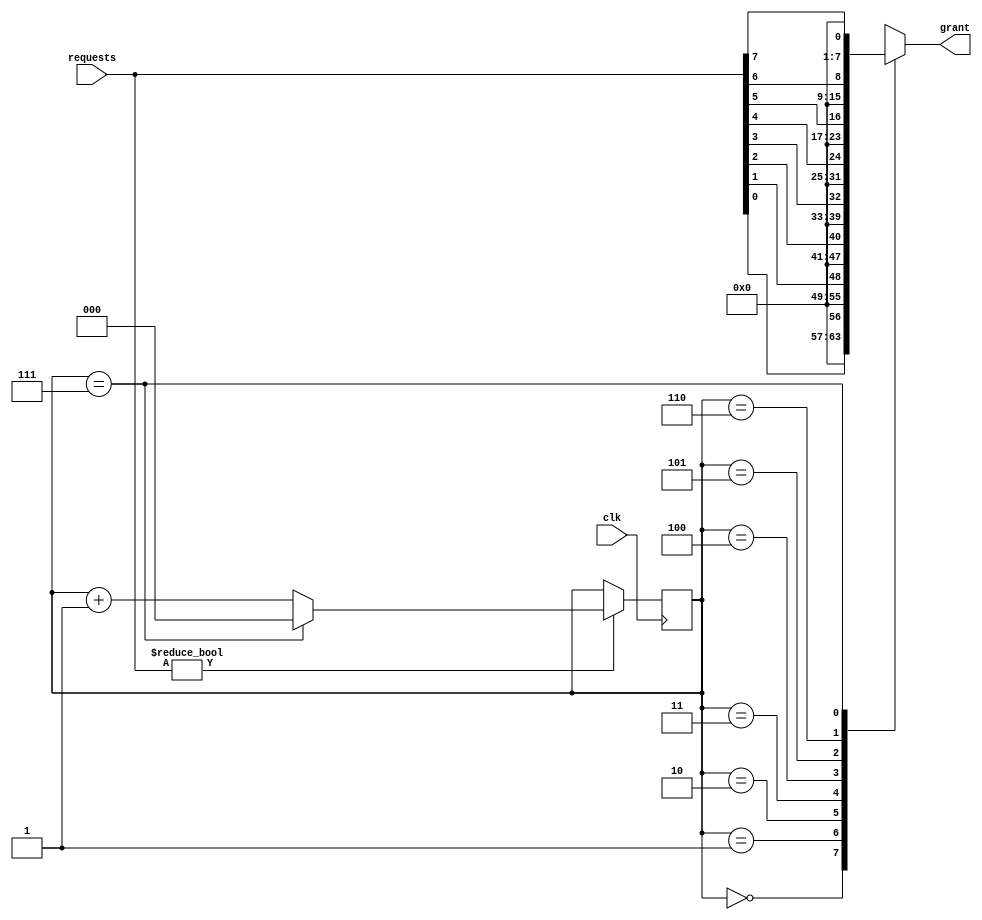
module round_robin_arbiter (
  input wire clk,
  input wire [7:0] requests,
  output reg [7:0] grant
);

reg [2:0] current_request;

always @ (posedge clk) begin
  if (requests != 8'b00000000) begin
    if (current_request == 3'b111) begin
      current_request <= 3'b000;
    end
    else begin
      current_request <= current_request + 3'b001;
    end
  end
end

always @ (*) begin
  case (current_request)
    3'b000: grant <= requests[0];
    3'b001: grant <= requests[1];
    3'b010: grant <= requests[2];
    3'b011: grant <= requests[3];
    3'b100: grant <= requests[4];
    3'b101: grant <= requests[5];
    3'b110: grant <= requests[6];
    3'b111: grant <= requests[7];
  endcase
end

endmodule